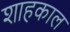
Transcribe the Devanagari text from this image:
शाहकाल